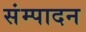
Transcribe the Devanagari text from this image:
संम्पादन